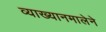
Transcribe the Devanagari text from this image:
व्याख्यानमालेने